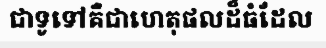
ជាទូទៅគឺជាហេតុផលដ៏ធំដែល